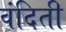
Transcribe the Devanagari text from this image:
वंदिती